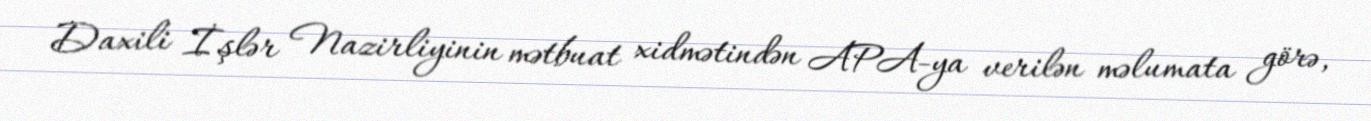
Daxili İşlər Nazirliyinin mətbuat xidmətindən APA-ya verilən məlumata görə,